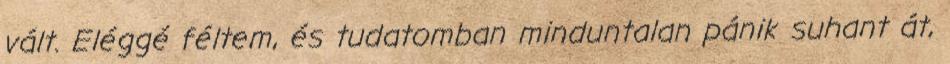
vált. Eléggé féltem, és tudatomban minduntalan pánik suhant át,